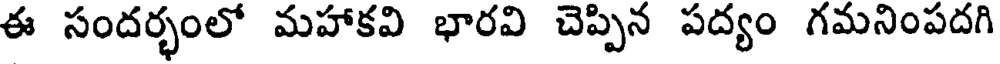
ఈ సందర్భంలో మహాకవి భారవి చెప్పిన పద్యం గమనింపదగి